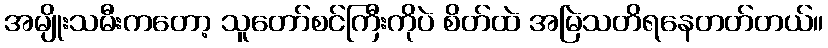
အမျိုးသမီးကတော့ သူတော်စင်ကြီးကိုပဲ စိတ်ထဲ အမြဲသတိရနေတတ်တယ်။